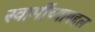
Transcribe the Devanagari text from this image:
स्वामींच्याबद्दल